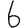
Digit: 6